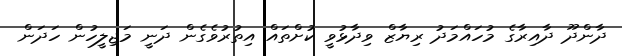
ދާންދޫ ދާއިރާގެ މުހައްމަދު ރިޔާޒް ވިދާޅުވީ ކުށްތައް އިތުރުވެގެން ދަނީ މަޖިލީހުން ހަދަން